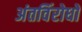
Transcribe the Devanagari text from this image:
अंतविंरोधों